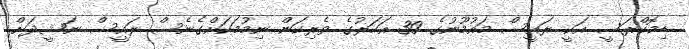
ޑިމޮކްރަސީ އަކީ ރައީސް މައުމޫނުގެ 30 އަހަރުގެ ވެރިކަން ނިމުމަކަށްގެނެސް ރައީސް ނަޝީދަށް